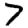
Digit: 7